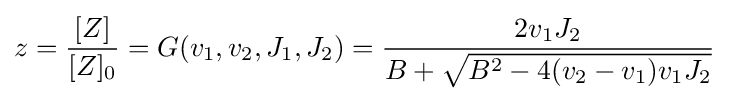
{\begin{aligned}z={\frac {[Z]}{[Z]_{0}}}=G(v_{1},v_{2},J_{1},J_{2})&={\frac {2v_{1}J_{2}}{B+{\sqrt {B^{2}-4(v_{2}-v_{1})v_{1}J_{2}}}}}\\\end{aligned}}